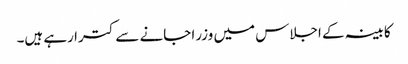
کابینہ کے اجلاس میں وزرا جانے سے کترا رہے ہیں۔